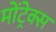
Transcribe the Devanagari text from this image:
मोंट्रेक्स